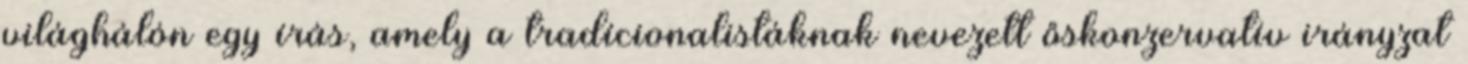
világhálón egy írás, amely a tradícionalistáknak nevezett őskonzervatív irányzat